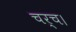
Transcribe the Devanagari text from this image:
चर्च।